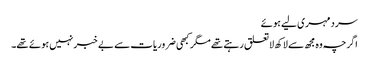
سرد مہری لیے ہوئے
اگرچہ وہ مجھ سے لاکھ لاتعلق رہتے تھے مگر کبھی ضروریات سے بے خبر نہیں ہوئے تھے۔